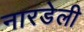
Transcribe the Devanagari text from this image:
नारडेली